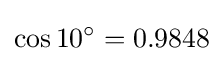
\cos 10^{\circ }=0.9848